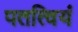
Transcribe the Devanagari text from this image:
पतत्वियं